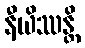
နီယိဿန္တိ